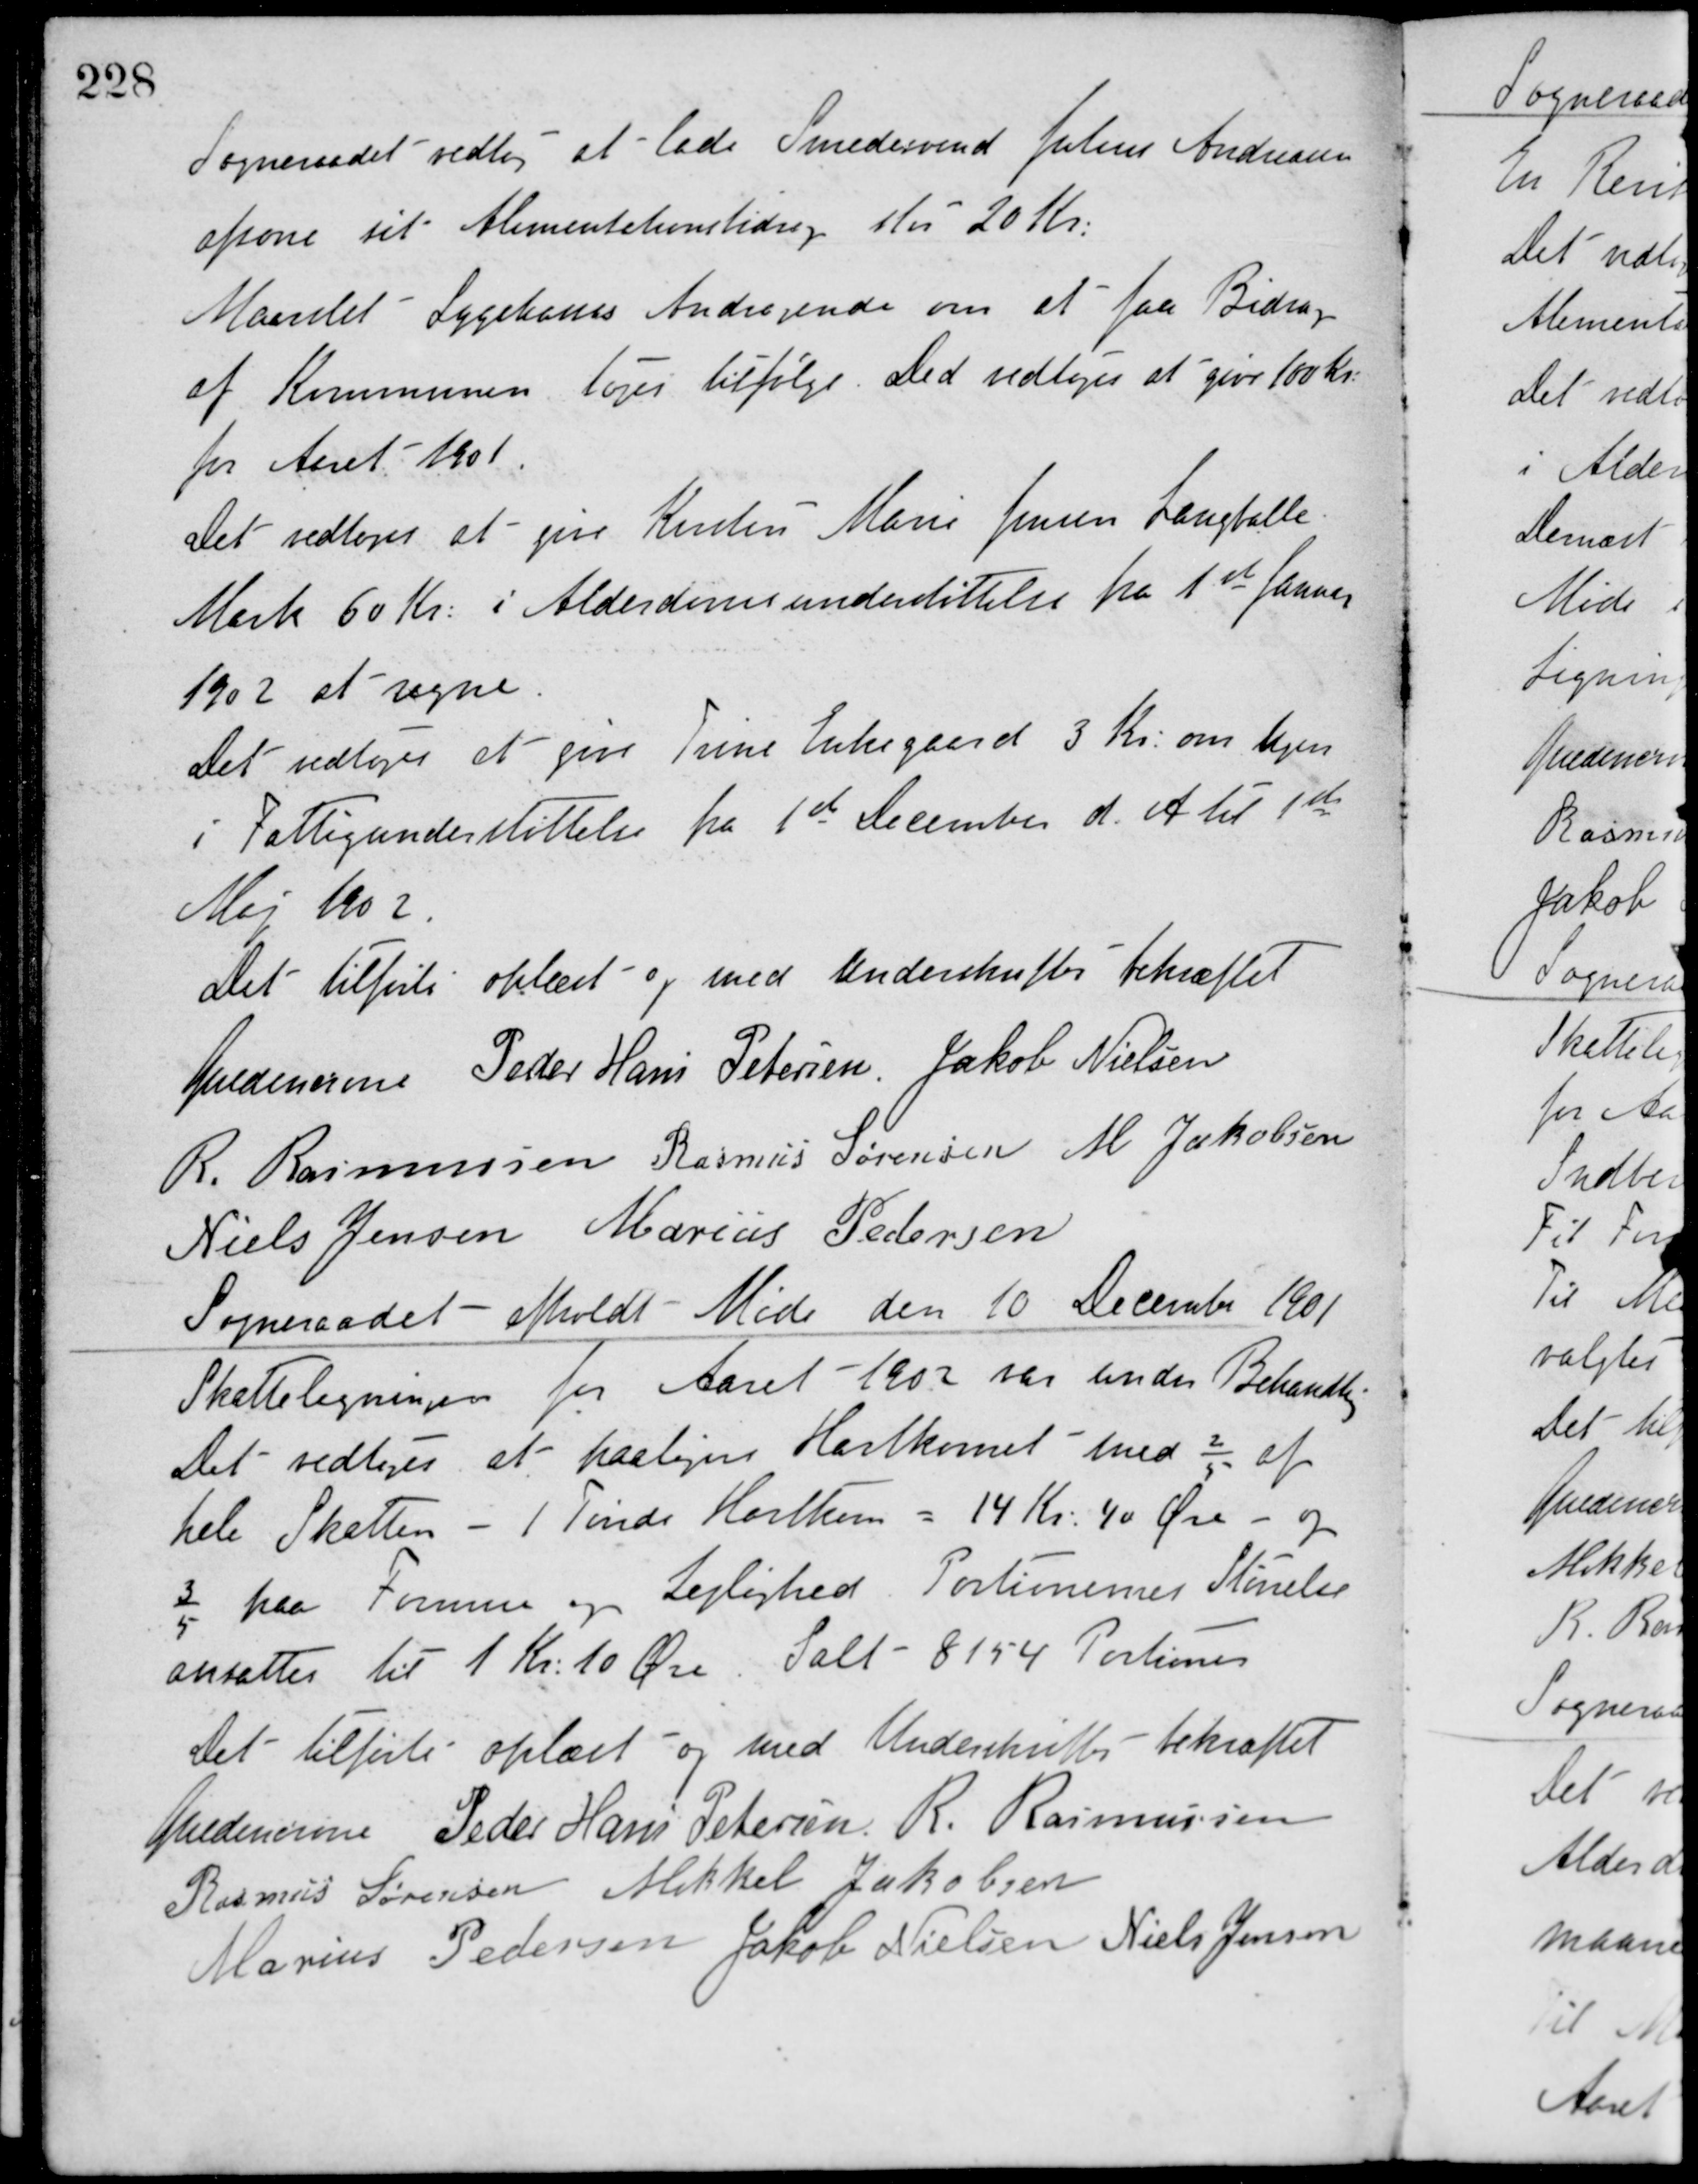
Transskription:
Sogneraadet vedtog at lade Smedesvend Julius Andreasen
afsone sit Alimentationsbidrag stor 20 Kr.
Maarslet Sygekasses Andragende om at faa Bidrag
af Kommunen toges tilfølge. Det vedtoges at give 100 Kr.
for Aaret 1901.
Det vedtoges at give Kirsten Marie Jensen Langballe
Mark 60 Kr. i Alderdomsunderstøttelse fra 1ste Januar
1902 at regne.
Det vedtoges at give Trine Enkegaard 3 Kr. om Ugen
i Fattigunderstøttelse fra 1ste December d. A. til 1ste
Maj 1902.
Det tilførte oplæst og med Underskrifter bekræftet
Guldencrone Peder Hans Petersen Jakob Nielsen
R. Rasmussen Rasmus Sørensen M. Jakobsen
Niels Jensen Marius Pedersen
Sogneraadet afholdt Møde den 10 December 1901
Skatteligningen for Aaret 1902 var under Behandling.
Det vedtoges at paaligne Hartkornet med 2/5 af
hele Skatten - 1 Tønde Hartkorn = 14 Kr. 40 Øre - og
3/5 paa Formue og Lejlighed. Portionernes Størrelse
ansattes til 1 Kr. 10 Øre. Ialt 8154 Portioner.
Det tilførte oplæst og med Underskrifter bekræftet
Guldencrone Peder Hans Petersen R. Rasmussen
Rasmus Sørensen Mikkel Jakobsen
Marius Pedersen Jakob Nielsen Niels Jensen